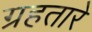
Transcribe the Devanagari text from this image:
ग्रहतारे